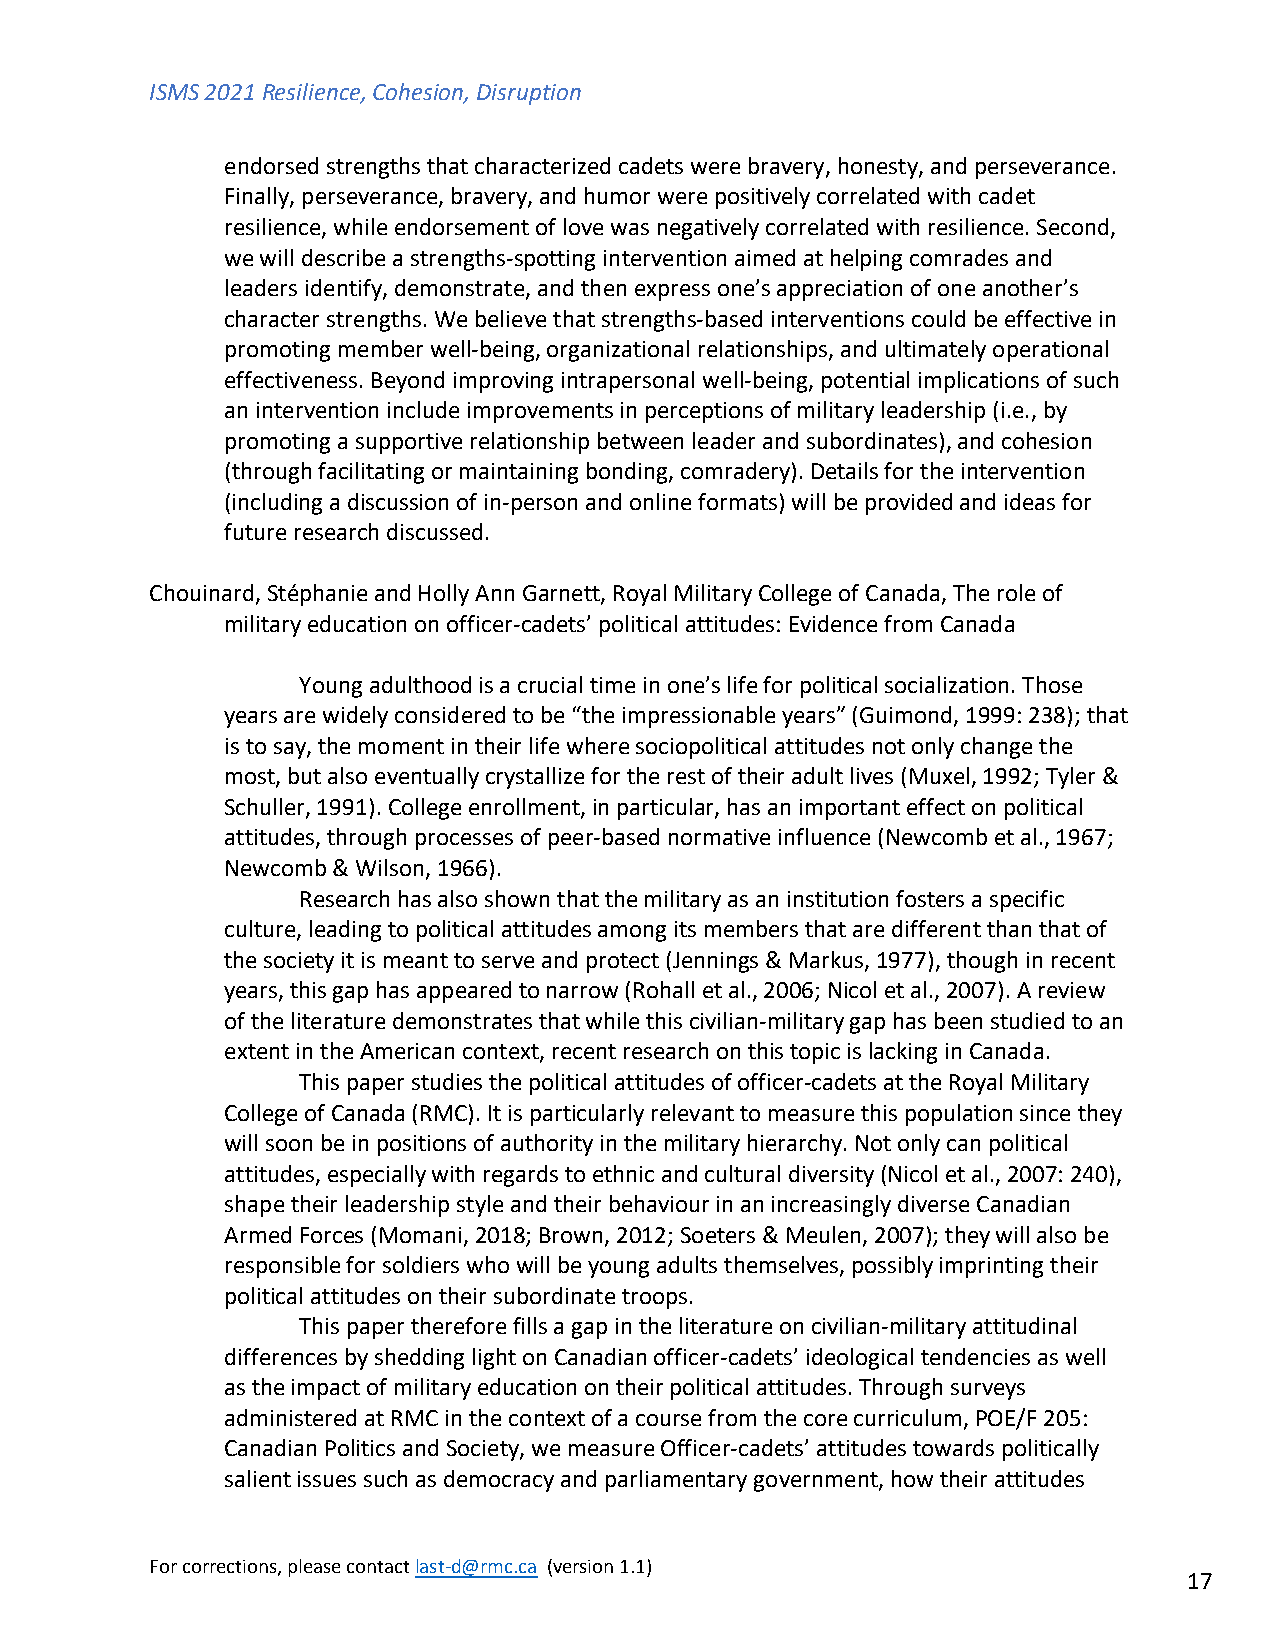
ISMS 2021 Resilience, Cohesion, Disruption
 endorsed strengths that characterized cadets were bravery, honesty, and perseverance.
 Finally, perseverance, bravery, and humor were positively correlated with cadet
 resilience, while endorsement of love was negatively correlated with resilience. Second,
 we will describe a strengths-spotting intervention aimed at helping comrades and
 leaders identify, demonstrate, and then express one’s appreciation of one another’s
 character strengths. We believe that strengths-based interventions could be effective in
 promoting member well-being, organizational relationships, and ultimately operational
 effectiveness. Beyond improving intrapersonal well-being, potential implications of such
 an intervention include improvements in perceptions of military leadership (i.e., by
 promoting a supportive relationship between leader and subordinates), and cohesion
 (through facilitating or maintaining bonding, comradery). Details for the intervention
 (including a discussion of in-person and online formats) will be provided and ideas for
 future research discussed.
 Chouinard, Stéphanie and Holly Ann Garnett, Royal Military College of Canada, The role of
 military education on officer-cadets’ political attitudes: Evidence from Canada
 Young adulthood is a crucial time in one’s life for political socialization. Those
 years are widely considered to be “the impressionable years” (Guimond, 1999: 238); that
 is to say, the moment in their life where sociopolitical attitudes not only change the
 most, but also eventually crystallize for the rest of their adult lives (Muxel, 1992; Tyler &
 Schuller, 1991). College enrollment, in particular, has an important effect on political
 attitudes, through processes of peer-based normative influence (Newcomb et al., 1967;
 Newcomb & Wilson, 1966).
 Research has also shown that the military as an institution fosters a specific
 culture, leading to political attitudes among its members that are different than that of
 the society it is meant to serve and protect (Jennings & Markus, 1977), though in recent
 years, this gap has appeared to narrow (Rohall et al., 2006; Nicol et al., 2007). A review
 of the literature demonstrates that while this civilian-military gap has been studied to an
 extent in the American context, recent research on this topic is lacking in Canada.
 This paper studies the political attitudes of officer-cadets at the Royal Military
 College of Canada (RMC). It is particularly relevant to measure this population since they
 will soon be in positions of authority in the military hierarchy. Not only can political
 attitudes, especially with regards to ethnic and cultural diversity (Nicol et al., 2007: 240),
 shape their leadership style and their behaviour in an increasingly diverse Canadian
 Armed Forces (Momani, 2018; Brown, 2012; Soeters & Meulen, 2007); they will also be
 responsible for soldiers who will be young adults themselves, possibly imprinting their
 political attitudes on their subordinate troops.
 This paper therefore fills a gap in the literature on civilian-military attitudinal
 differences by shedding light on Canadian officer-cadets’ ideological tendencies as well
 as the impact of military education on their political attitudes. Through surveys
 administered at RMC in the context of a course from the core curriculum, POE/F 205:
 Canadian Politics and Society, we measure Officer-cadets’ attitudes towards politically
 salient issues such as democracy and parliamentary government, how their attitudes
 For corrections, please contact last-d@rmc.ca (version 1.1)
 17